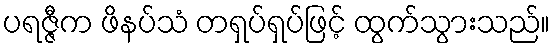
ပရဇ္ဇီက ဖိနပ်သံ တရှပ်ရှပ်ဖြင့် ထွက်သွားသည်။